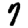
Digit: 7